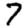
Digit: 7